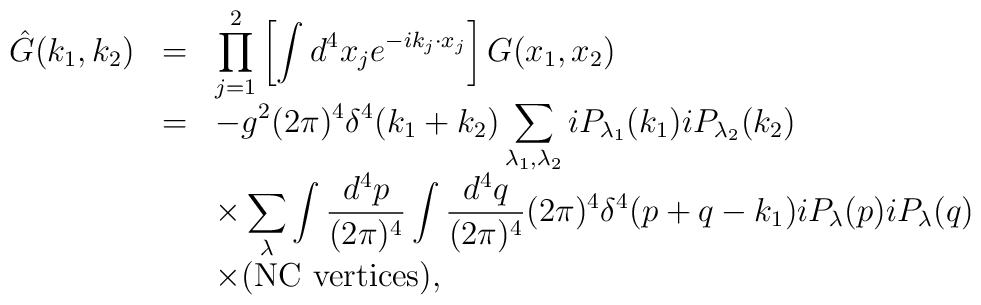
\begin{array}{rcl}\hat{G}(k_1,k_2)&=&\displaystyle \prod_{j=1}^2\left[\int d^4x_je^{-ik_j\cdot x_j}\right]G(x_1,x_2)\\&=&\displaystyle -g^2(2\pi)^4\delta^4(k_1+k_2)\sum_{\lambda_1,\lambda_2}iP_{\lambda_1}(k_1)iP_{\lambda_2}(k_2)\\&&\displaystyle\times \sum_{\lambda}\int\frac{d^4p}{(2\pi)^4}\int\frac{d^4q}{(2\pi)^4}(2\pi)^4\delta^4(p+q-k_1)iP_{\lambda}(p)iP_{\lambda}(q)\\&&\times({\rm NC~vertices}), \end{array}